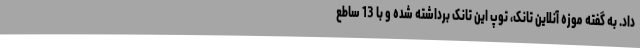
داد. به گفته موزه آنلاین تانک، توپ این تانک برداشته شده و با 13 ساطع